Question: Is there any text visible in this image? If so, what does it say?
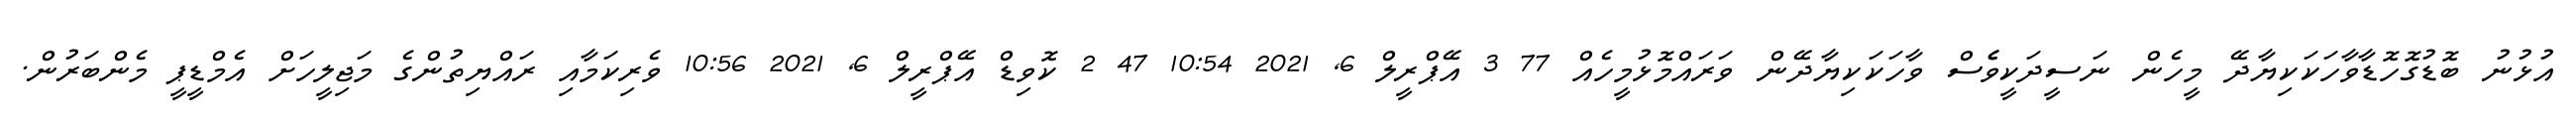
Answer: އުޅުނު ބޮޑުގޮހޮޑާވާހަކަކިޔާދޭ މީހެން ނަސީދަކީވެެސް ވާހަކަކިޔާދޭން ވަރައްމޮޅުމީހެއް 77 3 އޭޕްރީލް 6, 2021 10:54 47 2 ކޮވިޑް އޭޕްރީލް 6, 2021 10:56 ވެރިކަމާއި ރައްޔިތުންގެ މަޖިލީހަށް އެމްޑީޕީ މެންބަރުން.